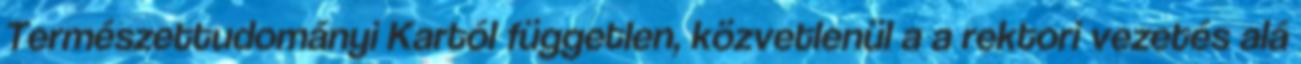
Természettudományi Kartól független, közvetlenül a a rektori vezetés alá